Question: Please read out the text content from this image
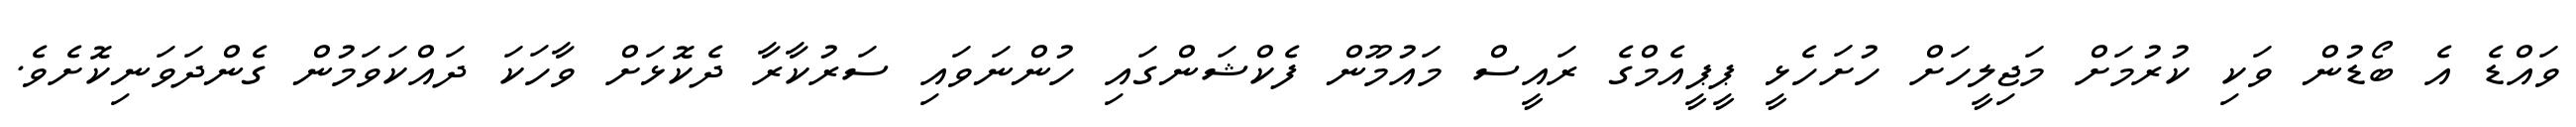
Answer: ވައްޑެ އެ ބޯޑުން ވަކި ކުރުމަށް މަޖިލީހަށް ހުށަހެޅީ ޕީޕީއެމްގެ ރައީސް މައުމޫން ފެކްޝަންގައި ހުންނަވައި ސަރުކާރާ ދެކޮޅަށް ވާހަކަ ދައްކަވަމުން ގެންދަވަނިކޮށެވެ.